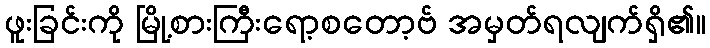
ဖူးခြင်းကို မြို့စားကြီးရော့စတော့ဗ် အမှတ်ရလျက်ရှိ၏။